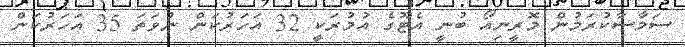
ސަމާސާކުރަމުން މޮރީނިއޯ ބުނީ އެޓޫގެ އުމުރަކީ 32 އަހަރުކަން ނުވަތަ 35 އަހަރުކަން